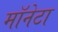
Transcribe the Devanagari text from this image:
मॉनेटा